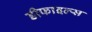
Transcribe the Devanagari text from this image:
डीफाइल्स